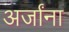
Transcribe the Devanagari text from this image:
अर्जांना